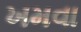
ખમવા